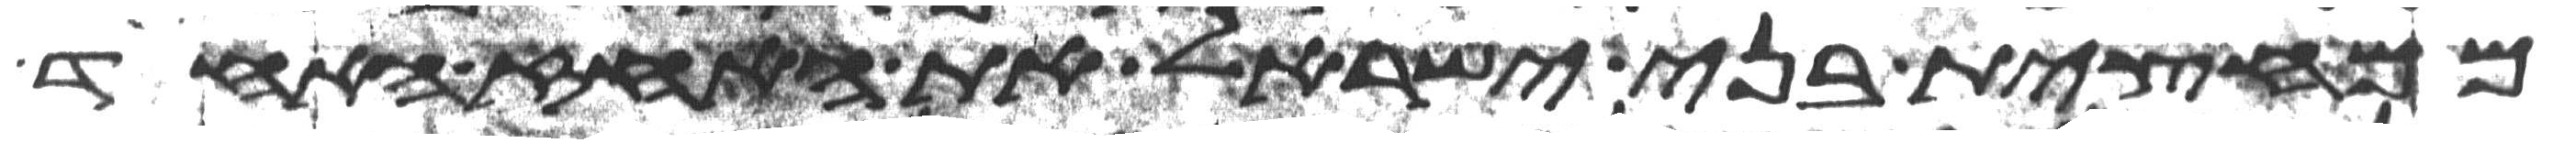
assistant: ממחצית בני ישראל את האחז אחד